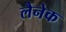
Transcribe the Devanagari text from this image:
लैनेक